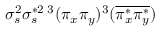
\sigma _ { s } ^ { 2 } \sigma _ { s } ^ { * 2 } { } \, ^ { 3 } ( \pi _ { x } \pi _ { y } ) ^ { 3 } ( \overline { { \pi _ { x } ^ { * } } } \overline { { \pi _ { y } ^ { * } } } )